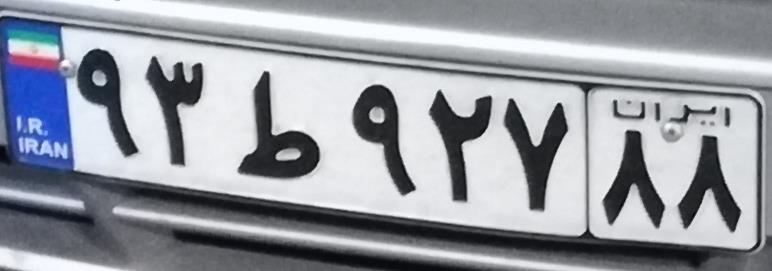
۹۳ط۹۲۷۸۸